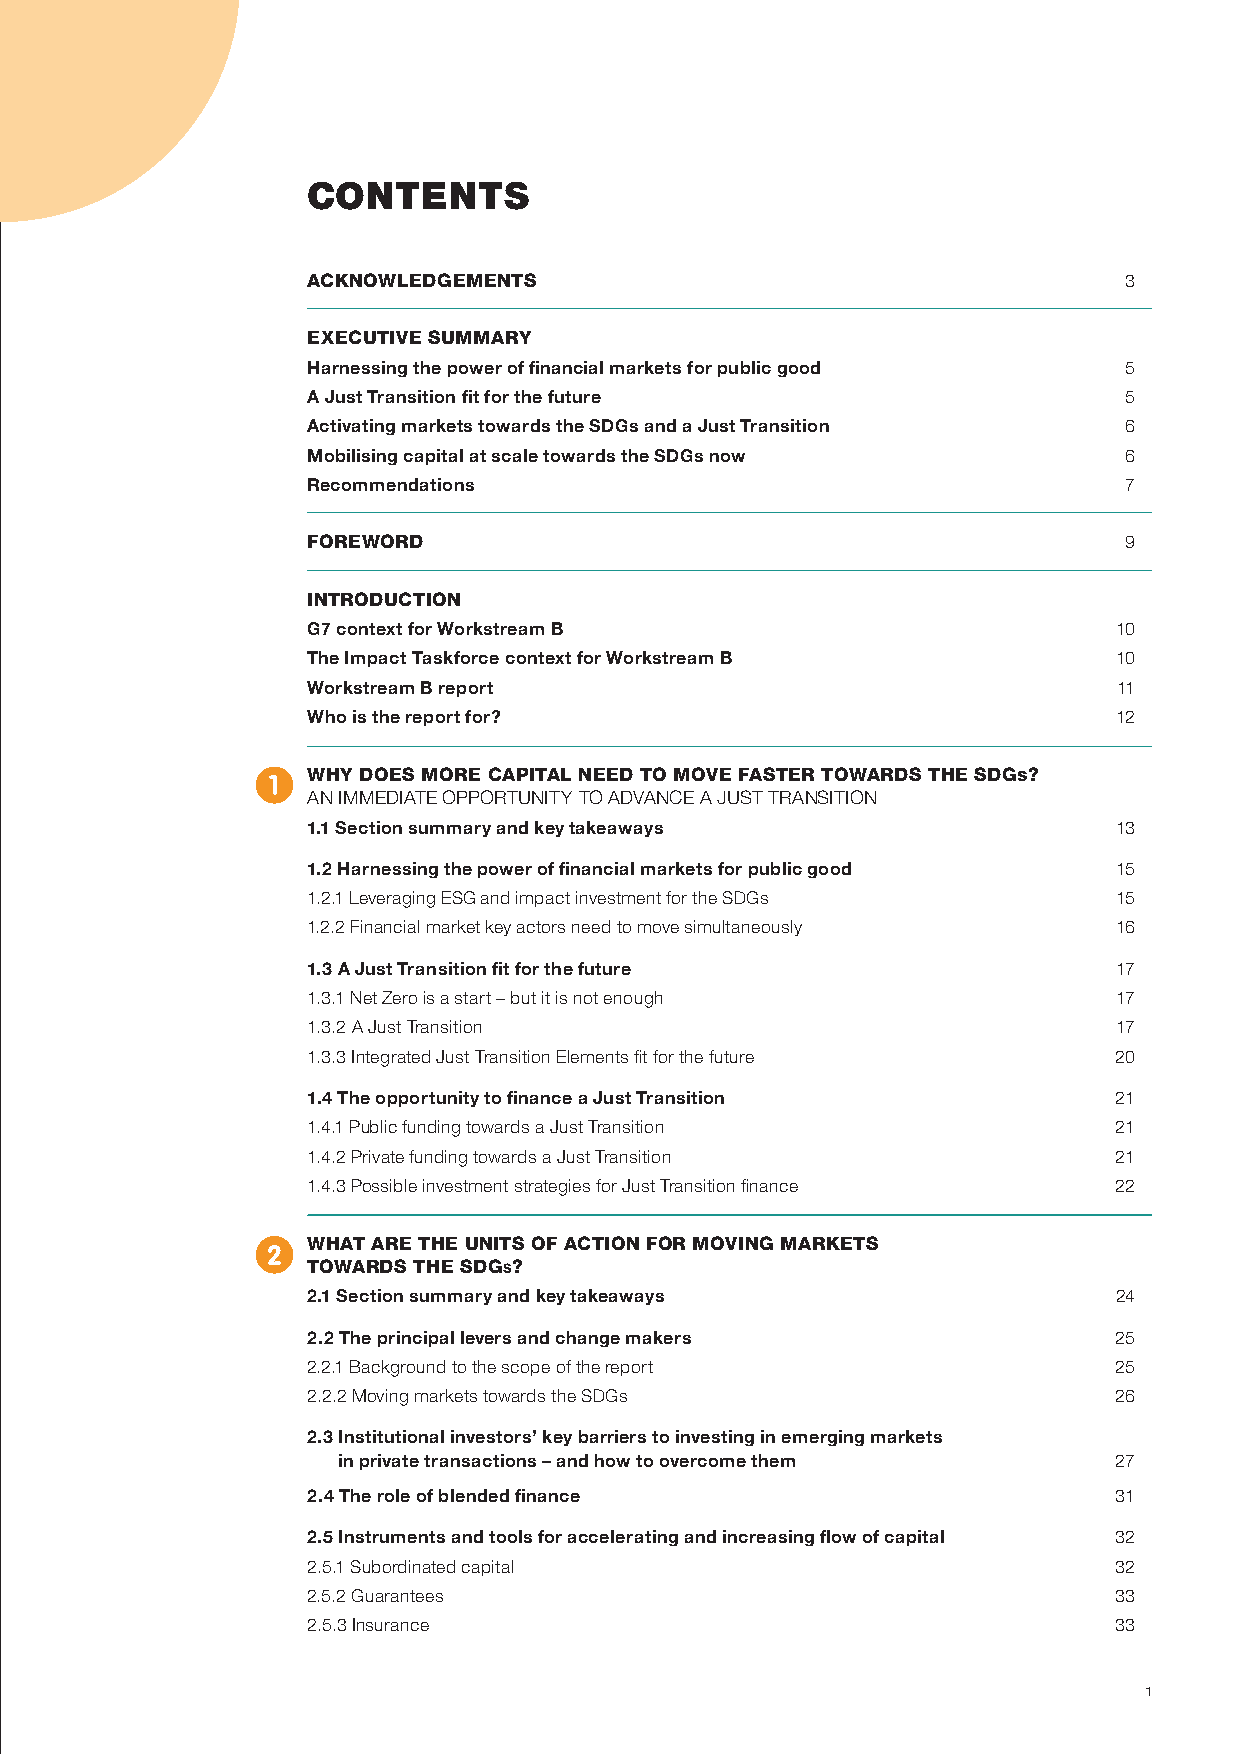
Contents
 Acknowledgements                                      3
 executive summAry
 Harnessing the power of financial markets for public good 5
 A Just Transition fit for the future                  5
 Activating markets towards the SDGs and a Just Transition 6
 Mobilising capital at scale towards the SDGs now      6
 Recommendations                                       7
 Foreword                                              9
 introduction
 G7 context for Workstream B                           10
 The Impact Taskforce context for Workstream B         10
 Workstream B report                                   11
 Who is the report for?                                12
 1  why does more cApitAl need to move FAster towArds the sdgs?
 An immediAte opportunity to AdvAnce A Just trAnsition
 1.1 Section summary and key takeaways                 13
 1.2 Harnessing the power of financial markets for public good 15
 1.2.1 Leveraging esG and impact investment for the sdGs 15
 1.2.2 Financial market key actors need to move simultaneously 16
 1.3 A Just Transition fit for the future              17
 1.3.1 net Zero is a start – but it is not enough      17
 1.3.2 A Just transition                               17
 1.3.3 integrated Just transition elements fit for the future 20
 1.4 The opportunity to finance a Just Transition      21
 1.4.1 public funding towards a Just transition        21
 1.4.2 private funding towards a Just transition       21
 1.4.3 possible investment strategies for Just transition finance 22
 2  whAt Are the units oF Action For moving mArkets
 towArds the sdgs?
 2.1 Section summary and key takeaways                 24
 2.2 The principal levers and change makers            25
 2.2.1 Background to the scope of the report           25
 2.2.2 moving markets towards the sdGs                 26
 2.3 Institutional investors’ key barriers to investing in emerging markets
 in private transactions – and how to overcome them  27
 2.4 The role of blended finance                       31
 2.5 Instruments and tools for accelerating and increasing flow of capital 32
 2.5.1 subordinated capital                            32
 2.5.2 Guarantees                                      33
 2.5.3 insurance                                       33
 1